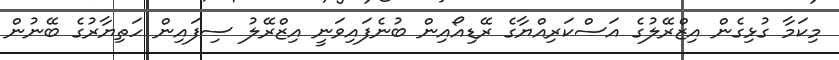
މިކަމާ ގުޅިގެން އިޒްރޭލުގެ އަސްކަރިއްޔާގެ ރޭޑިއޯއިން ބުނެފައިވަނީ އިޒްރޭލު ސިފައިން ހަތިޔާރުގެ ބޭނުން